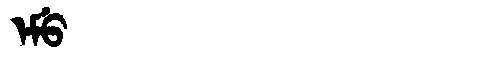
Manchu: ᡝᠮᡠ
Romanization: EMU